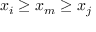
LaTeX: x _ { i } \geq x _ { m } \geq x _ { j }